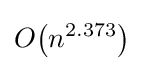
O{\mathord {\left(n^{2.373}\right)}}